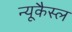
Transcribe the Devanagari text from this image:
न्यूकैस्ल